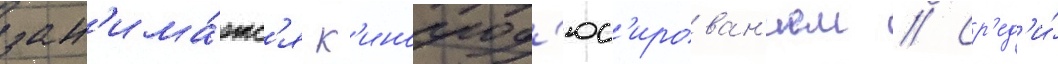
зан'има́етс'я к'инопрод'юс'ирован'ием // Ср'ед'и́